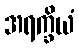
အရက္ခိယံ